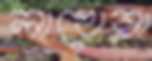
লাখেরা